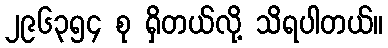
၂၉၆၃၅၄ စု ရှိတယ်လို့ သိရပါတယ်။